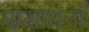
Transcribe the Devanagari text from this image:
संसाधनॉ